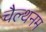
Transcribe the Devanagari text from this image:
चैल्थनम